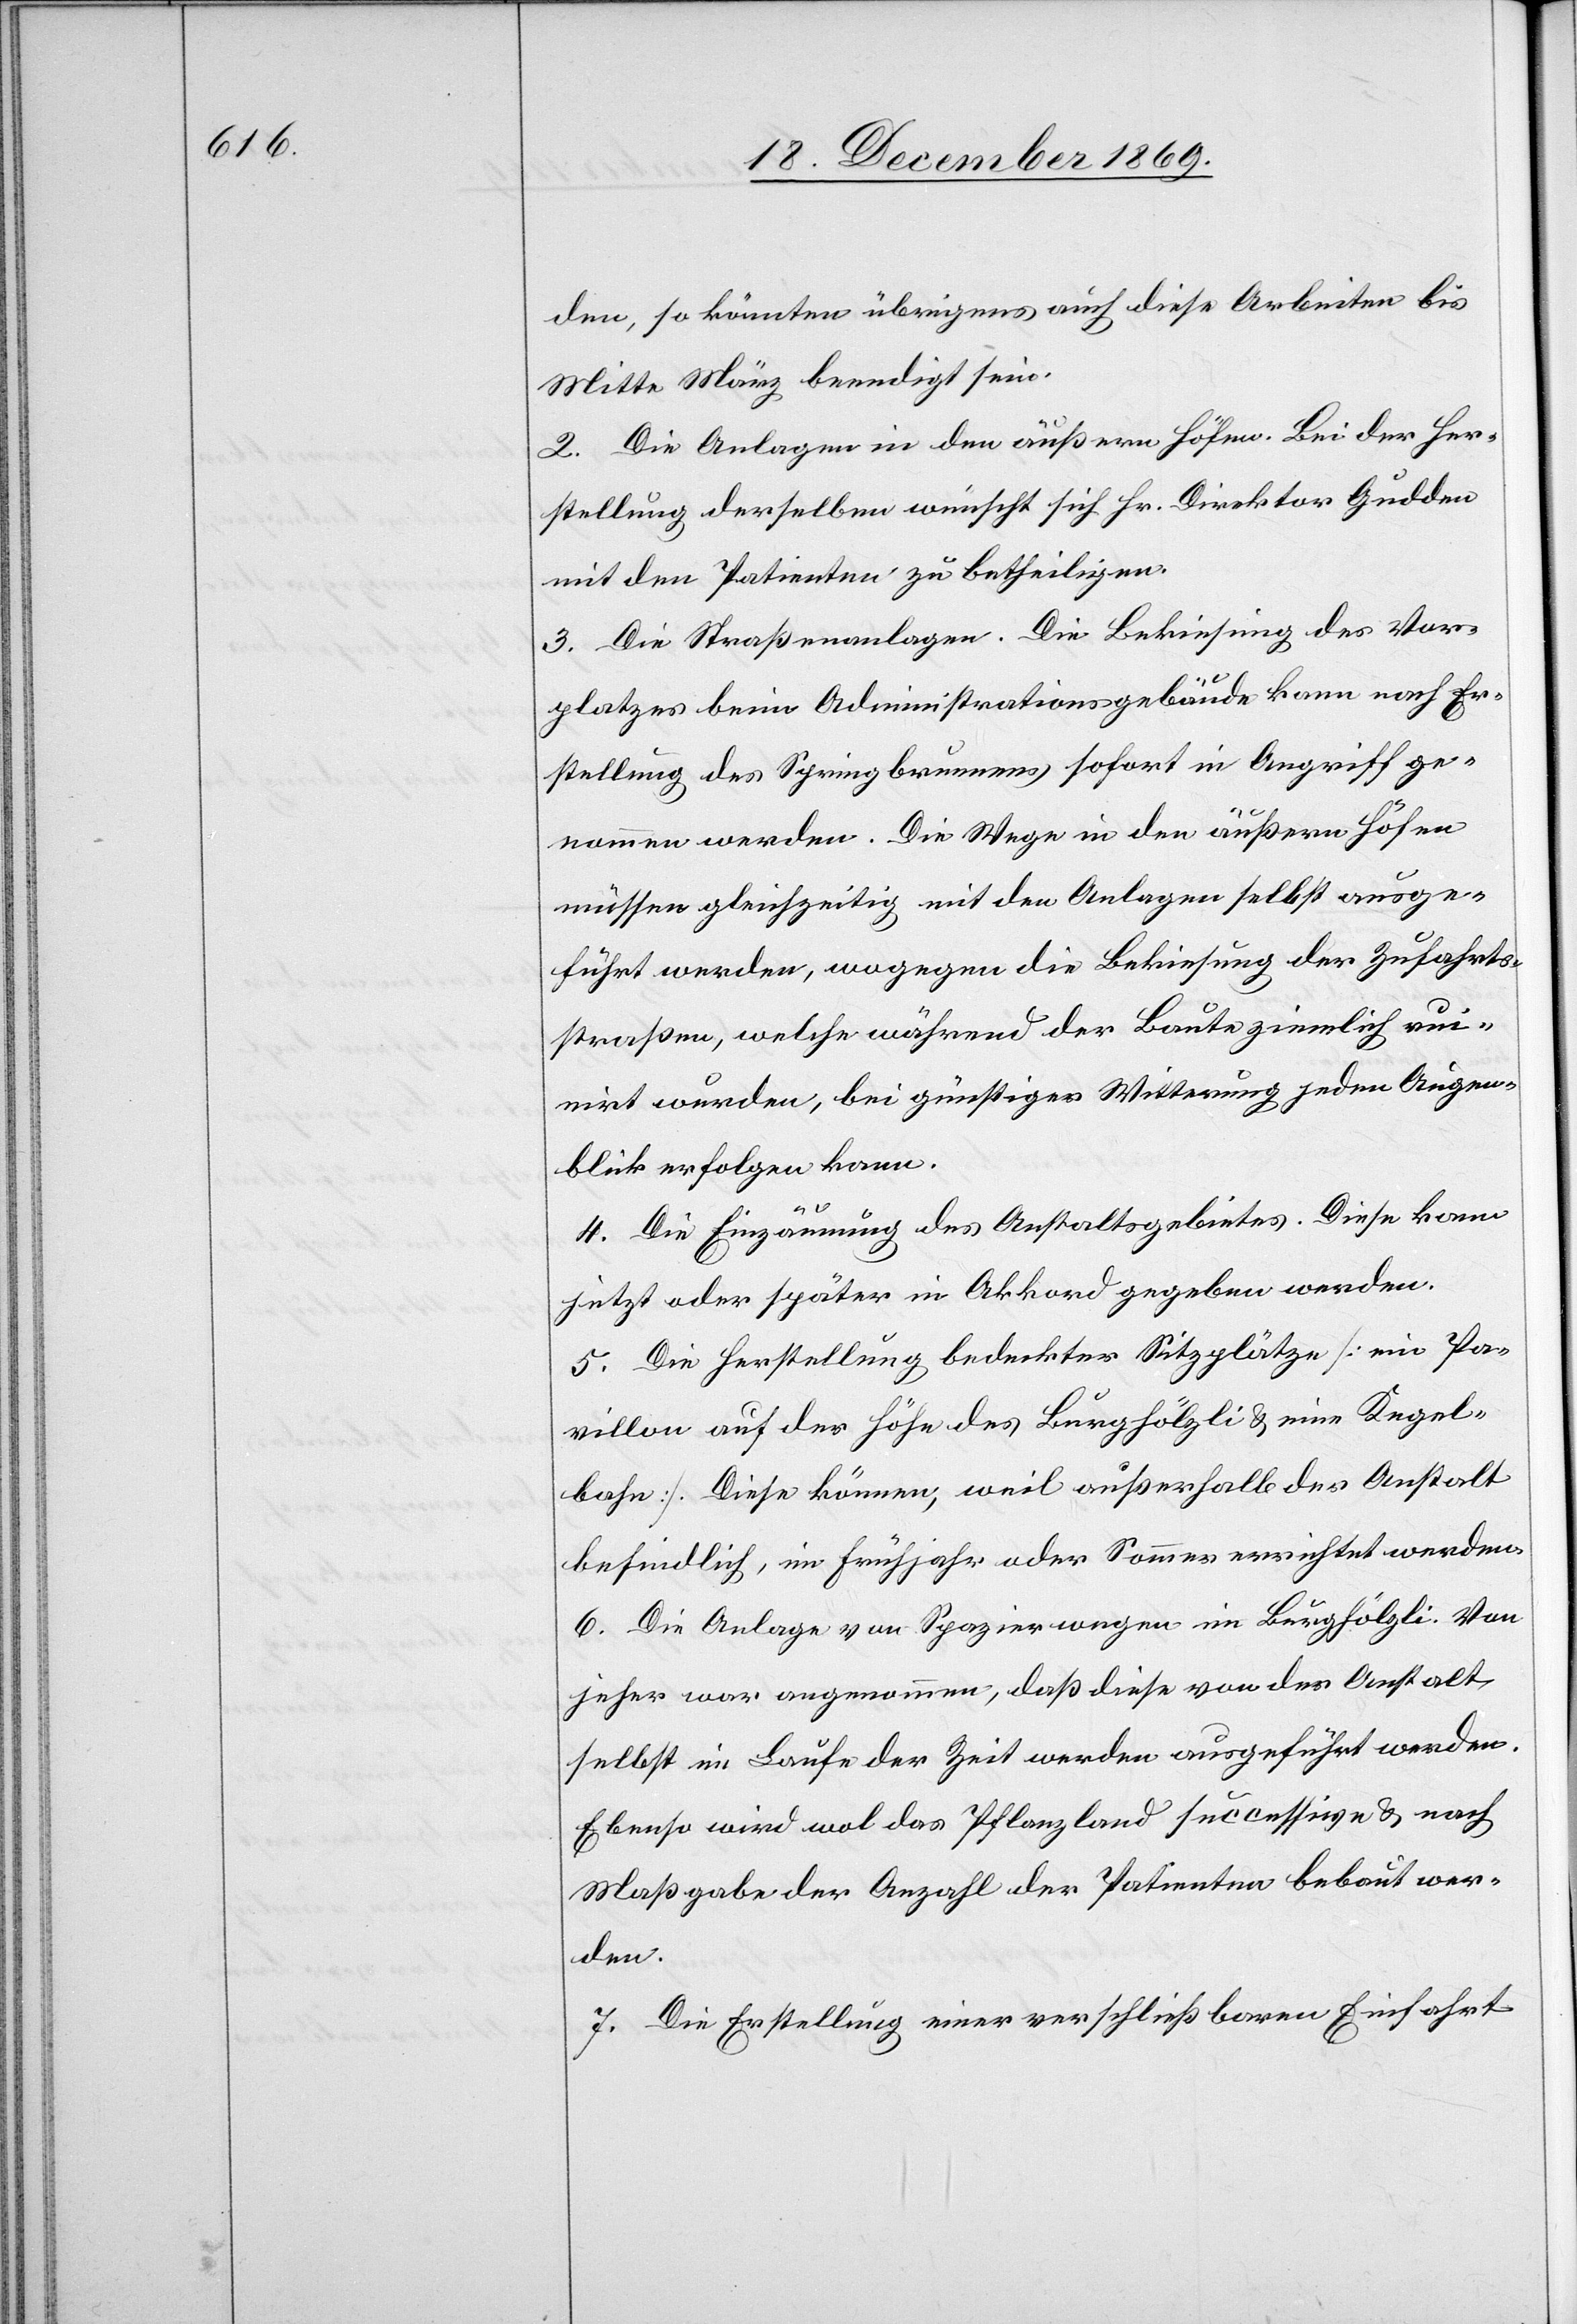
den, so könnten übrigens auch diese Arbeiten bis
Mitte März beendigt sein.
2. Die Anlagen in den äußern Höfen. Bei der Her¬
stellung derselben wünscht sich Hr. Direktor Gudden
mit den Patienten zu betheiligen.
3. Die Straßenanlagen. Die Bekiesung des Vor¬
platzes beim Administrationsgebäude kann nach Er¬
stellung des Springbrunnens sofort in Angriff ge¬
nommen werden. Die Wege in den äußern Höfen
müssen gleichzeitig mit den Anlagen selbst ausge¬
führt werden, wogegen die Bekiesung der Zufahrts¬
straßen, welche während der Baute ziemlich ruin¬
irt wurden, bei günstiger Witterung jeden Augen¬
blick erfolgen kann.
4. Die Einzäunung des Anstaltsgebietes. Diese kann
jetzt oder später in Akkord gegeben werden.
5. Die Herstellung bedeckter Sitzplätze [ein Pa¬
villon auf der Höhe des Burghölzli & eine Kegel¬
bahn]. Diese können, weil außerhalb der Anstalt
befindlich, im Frühjahr oder Sommer errichtet werden.
6. Die Anlage von Spazierwegen im Burghölzli. Von
jeher war angenommen, daß diese von der Anstalt
selbst im Laufe der Zeit werden ausgeführt werden.
Ebenso wird wol das Pflanzland successive & nach
Maßgabe der Anzahl der Patienten bebaut wer¬
den.
7. Die Erstellung einer verschließbaren Einfahrt